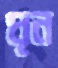
ঘৃন